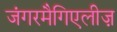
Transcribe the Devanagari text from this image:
जंगरमैगिएलीज़